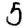
Digit: 5